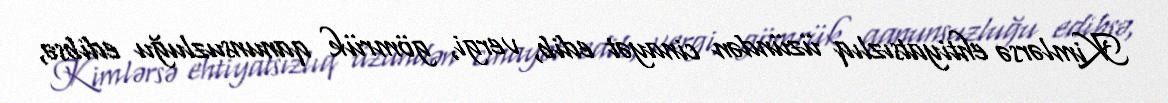
Kimlərsə ehtiyatsızlıq üzündən cinayət edib, vergi, gömrük qanunsuzluğu edibsə,